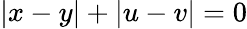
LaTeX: |x-y|+|u-v|=0